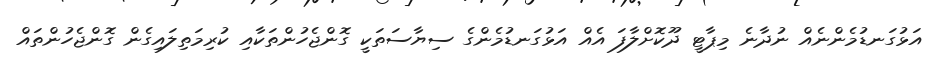
އަޅުގަނޑުމެންނެއް ނުދާނެ މިޕާޓީ ދޫކޮށްލާފަ އެއް އަޅުގަނޑުމެންގެ ސިޔާސަތަކީ ގޮންޖެހުންތަކާއި ކުރިމަތިލައިގެން ގޮންޖެހުންތައް